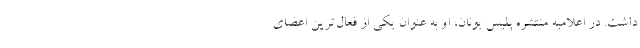
داشت. در اعلامیه منتشره پلیس یونان، او به عنوان یکی از فعال‌ترین اعضای